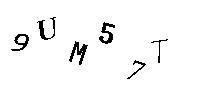
9UM57T